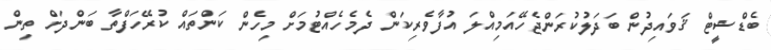
ބެޑްޝީޓް ޤަވައިދުން ބަދަލުކުރަންޖެހޭއަމިއްލަ އުފާވެރިކަން ދެމެހެއްޓުމަށް މިހެން ކަންތައް ކުރޭހަފްތާ ބަންދަށް ތިން